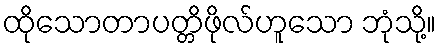
ထိုသောတာပတ္တိဖိုလ်ဟူသော ဘုံသို့။